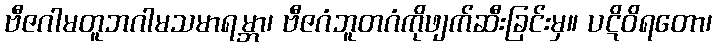
ဗီဇဂါမတူဘဂါမသမာရမ္ဘာ၊ ဗီဇဂံဘူတဂံကိုဖျက်ဆီးခြင်းမှ။ ပဋိဝိရတော၊